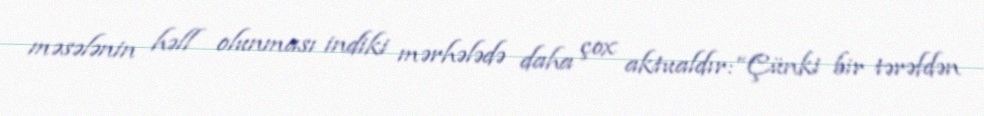
məsələnin həll olunması indiki mərhələdə daha çox aktualdır: “Çünki bir tərəfdən